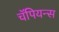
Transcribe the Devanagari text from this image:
चॅपियन्स